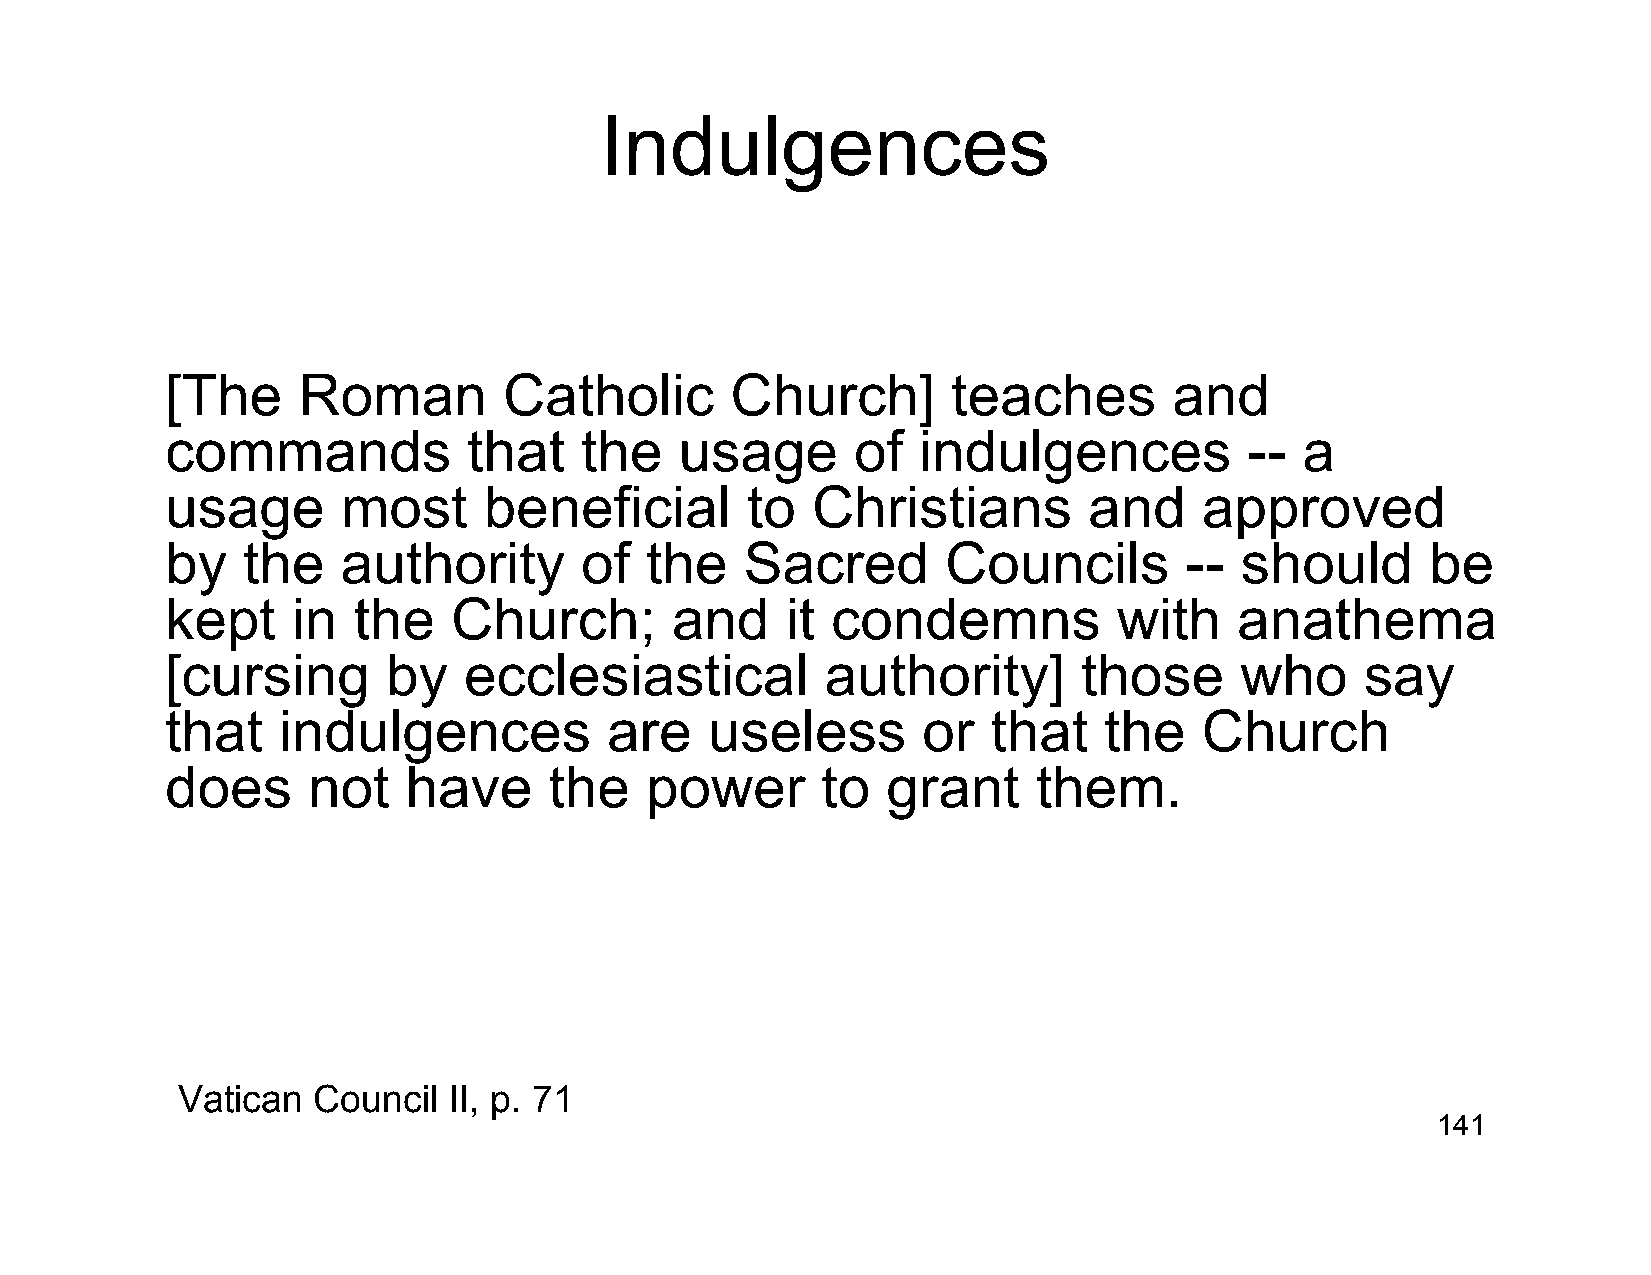
Indulgences
 [The     Roman        Catholic       Church]        teaches        and
 commands            that   the    usage       of  indulgences           -- a
 usage       most     beneficial       to   Christians        and     approved
 by   the    authority      of   the   Sacred        Councils       --  should       be
 kept    in  the    Church;       and     it condemns           with    anathema
 [cursing       by   ecclesiastical          authority]       those     who     say
 that   indulgences           are    useless       or   that   the    Church
 does     not    have     the    power      to   grant     them.
 Vatican  Council  II, p. 71
 141